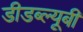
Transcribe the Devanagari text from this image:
डीडब्ल्यूबी